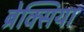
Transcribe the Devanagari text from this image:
ब्रेक्सिया